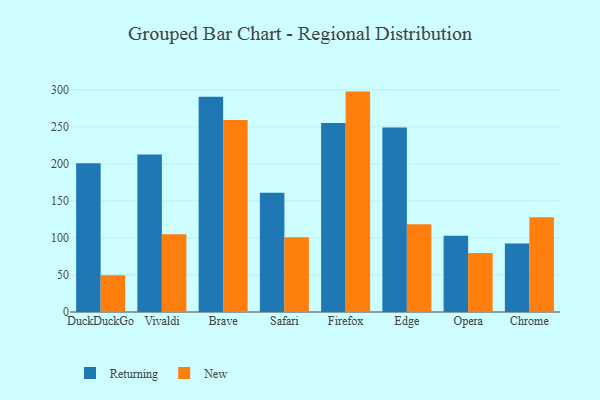
{"axis": {"x": "Browser", "y": "Headcount"}, "legend": ["New", "Returning"], "data": [{"x": "DuckDuckGo", "y": 200.8, "type": "Returning"}, {"x": "DuckDuckGo", "y": 49.6, "type": "New"}, {"x": "Vivaldi", "y": 212.8, "type": "Returning"}, {"x": "Vivaldi", "y": 105.0, "type": "New"}, {"x": "Brave", "y": 290.8, "type": "Returning"}, {"x": "Brave", "y": 259.3, "type": "New"}, {"x": "Safari", "y": 161.0, "type": "Returning"}, {"x": "Safari", "y": 100.9, "type": "New"}, {"x": "Firefox", "y": 255.1, "type": "Returning"}, {"x": "Firefox", "y": 297.6, "type": "New"}, {"x": "Edge", "y": 249.1, "type": "Returning"}, {"x": "Edge", "y": 118.6, "type": "New"}, {"x": "Opera", "y": 103.1, "type": "Returning"}, {"x": "Opera", "y": 79.5, "type": "New"}, {"x": "Chrome", "y": 92.5, "type": "Returning"}, {"x": "Chrome", "y": 128.1, "type": "New"}]}